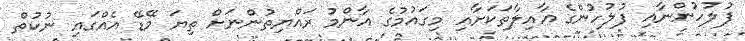
ފުލުހުންނާއި ފުލުހުންގެ އާއިލާތަކަށާއި މިގައުމުގެ އާންމު ރައްޔިތުންނަށް ތިޔަ މޭޑޭ އެއްގައި ނުކުތް